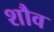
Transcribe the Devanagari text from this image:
शौव